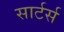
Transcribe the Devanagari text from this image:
सार्टर्स